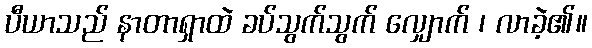
ပီယာသည် နာတာရှာထဲ ခပ်သွက်သွက် လျှောက် ၊ လာခဲ့၏။